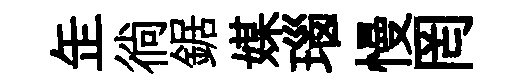
𦈢徜鋸媒瑙慢罔